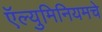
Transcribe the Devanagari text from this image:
ऍल्युमिनियमचे